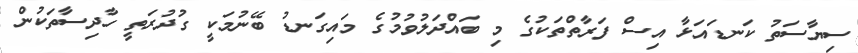
ސިޔާސަތު ކަނޑައަޅާ އިސް ފަރާތްތަކުގެ މި ބައްދަލުވުމުގެ މައިގަނޑު ބޭނުމަކީ ގުދުރަތީ ހާދިސާތަކުން